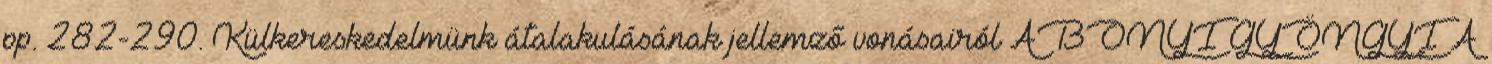
pp. 282-290. Külkereskedelmünk átalakulásának jellemző vonásairól ABONYI GYÖNGYI A